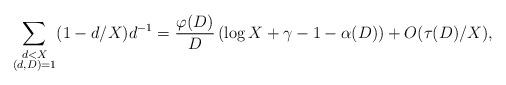
LaTeX: \begin{align*} \sum_{\substack{d<X\\ (d,D)=1}} (1-d/X)d^{-1}=\frac{\varphi(D)}{D}\left(\log{X}+\gamma-1-\alpha(D)\right)+O(\tau(D)/X),\end{align*}